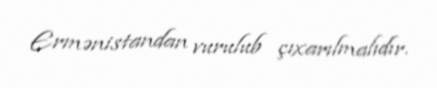
Ermənistandan vurulub çıxarılmalıdır.